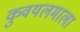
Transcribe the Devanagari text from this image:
कुवयलमाला